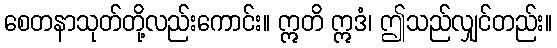
စေတနာသုတ်တို့လည်းကောင်း။ ဣတိ ဣဒံ၊ ဤသည်လျှင်တည်း။